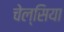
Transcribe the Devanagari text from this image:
चेल्‍सिया